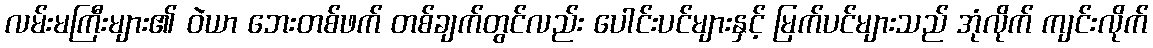
လမ်းမကြီးများ၏ ဝဲယာ ဘေးတစ်ဖက် တစ်ချက်တွင်လည်း ပေါင်းပင်များနှင့် မြက်ပင်များသည် အုံလိုက် ကျင်းလိုက်